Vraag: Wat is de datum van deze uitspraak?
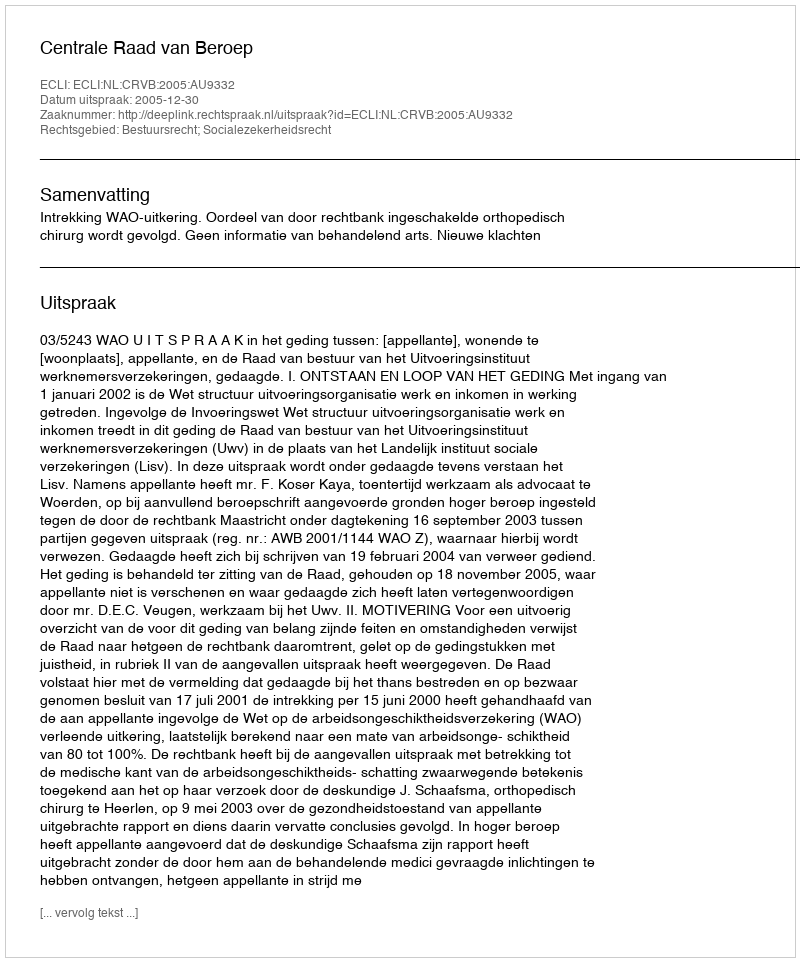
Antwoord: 2005-12-30